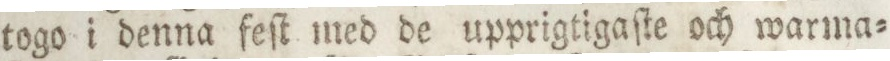
togo i denna feſt med de upprigtigaſte och warma=